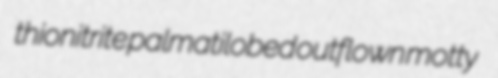
thionitrite palmatilobed outflown motty